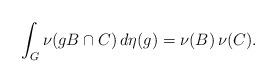
LaTeX: \begin{align*}\int_G \nu(gB \cap C) \, d\eta(g) = \nu(B) \, \nu(C).\end{align*}